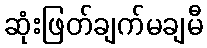
ဆုံးဖြတ်ချက်မချမီ